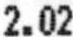
2.02